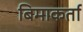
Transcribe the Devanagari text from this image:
बिमाकर्ता